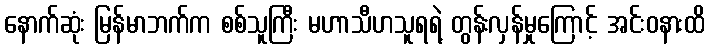
နောက်ဆုံး မြန်မာဘက်က စစ်သူကြီး မဟာသီဟသူရရဲ့ တွန်းလှန်မှုကြောင့် အင်းဝနားထိ